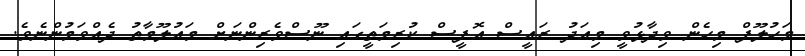
މަހުލޫފް މިހެން ވިދާޅުވީ މިއަދު ރައީސް އޮފީސް ކުރިމަތީގައި ނޫސްވެރިންނަށް މައުލޫމާތު ދެއްވަމުންނެވެ.